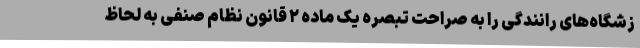
زشگاه‌های رانندگی را به صراحت تبصره یک ماده ۲ قانون نظام صنفی به لحاظ